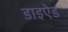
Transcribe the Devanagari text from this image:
डाइऐड